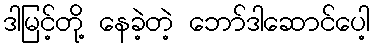
ဒါမြင့်တို့ နေခဲ့တဲ့ ဘော်ဒါဆောင်ပေါ့